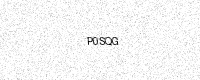
Text: P0SQG